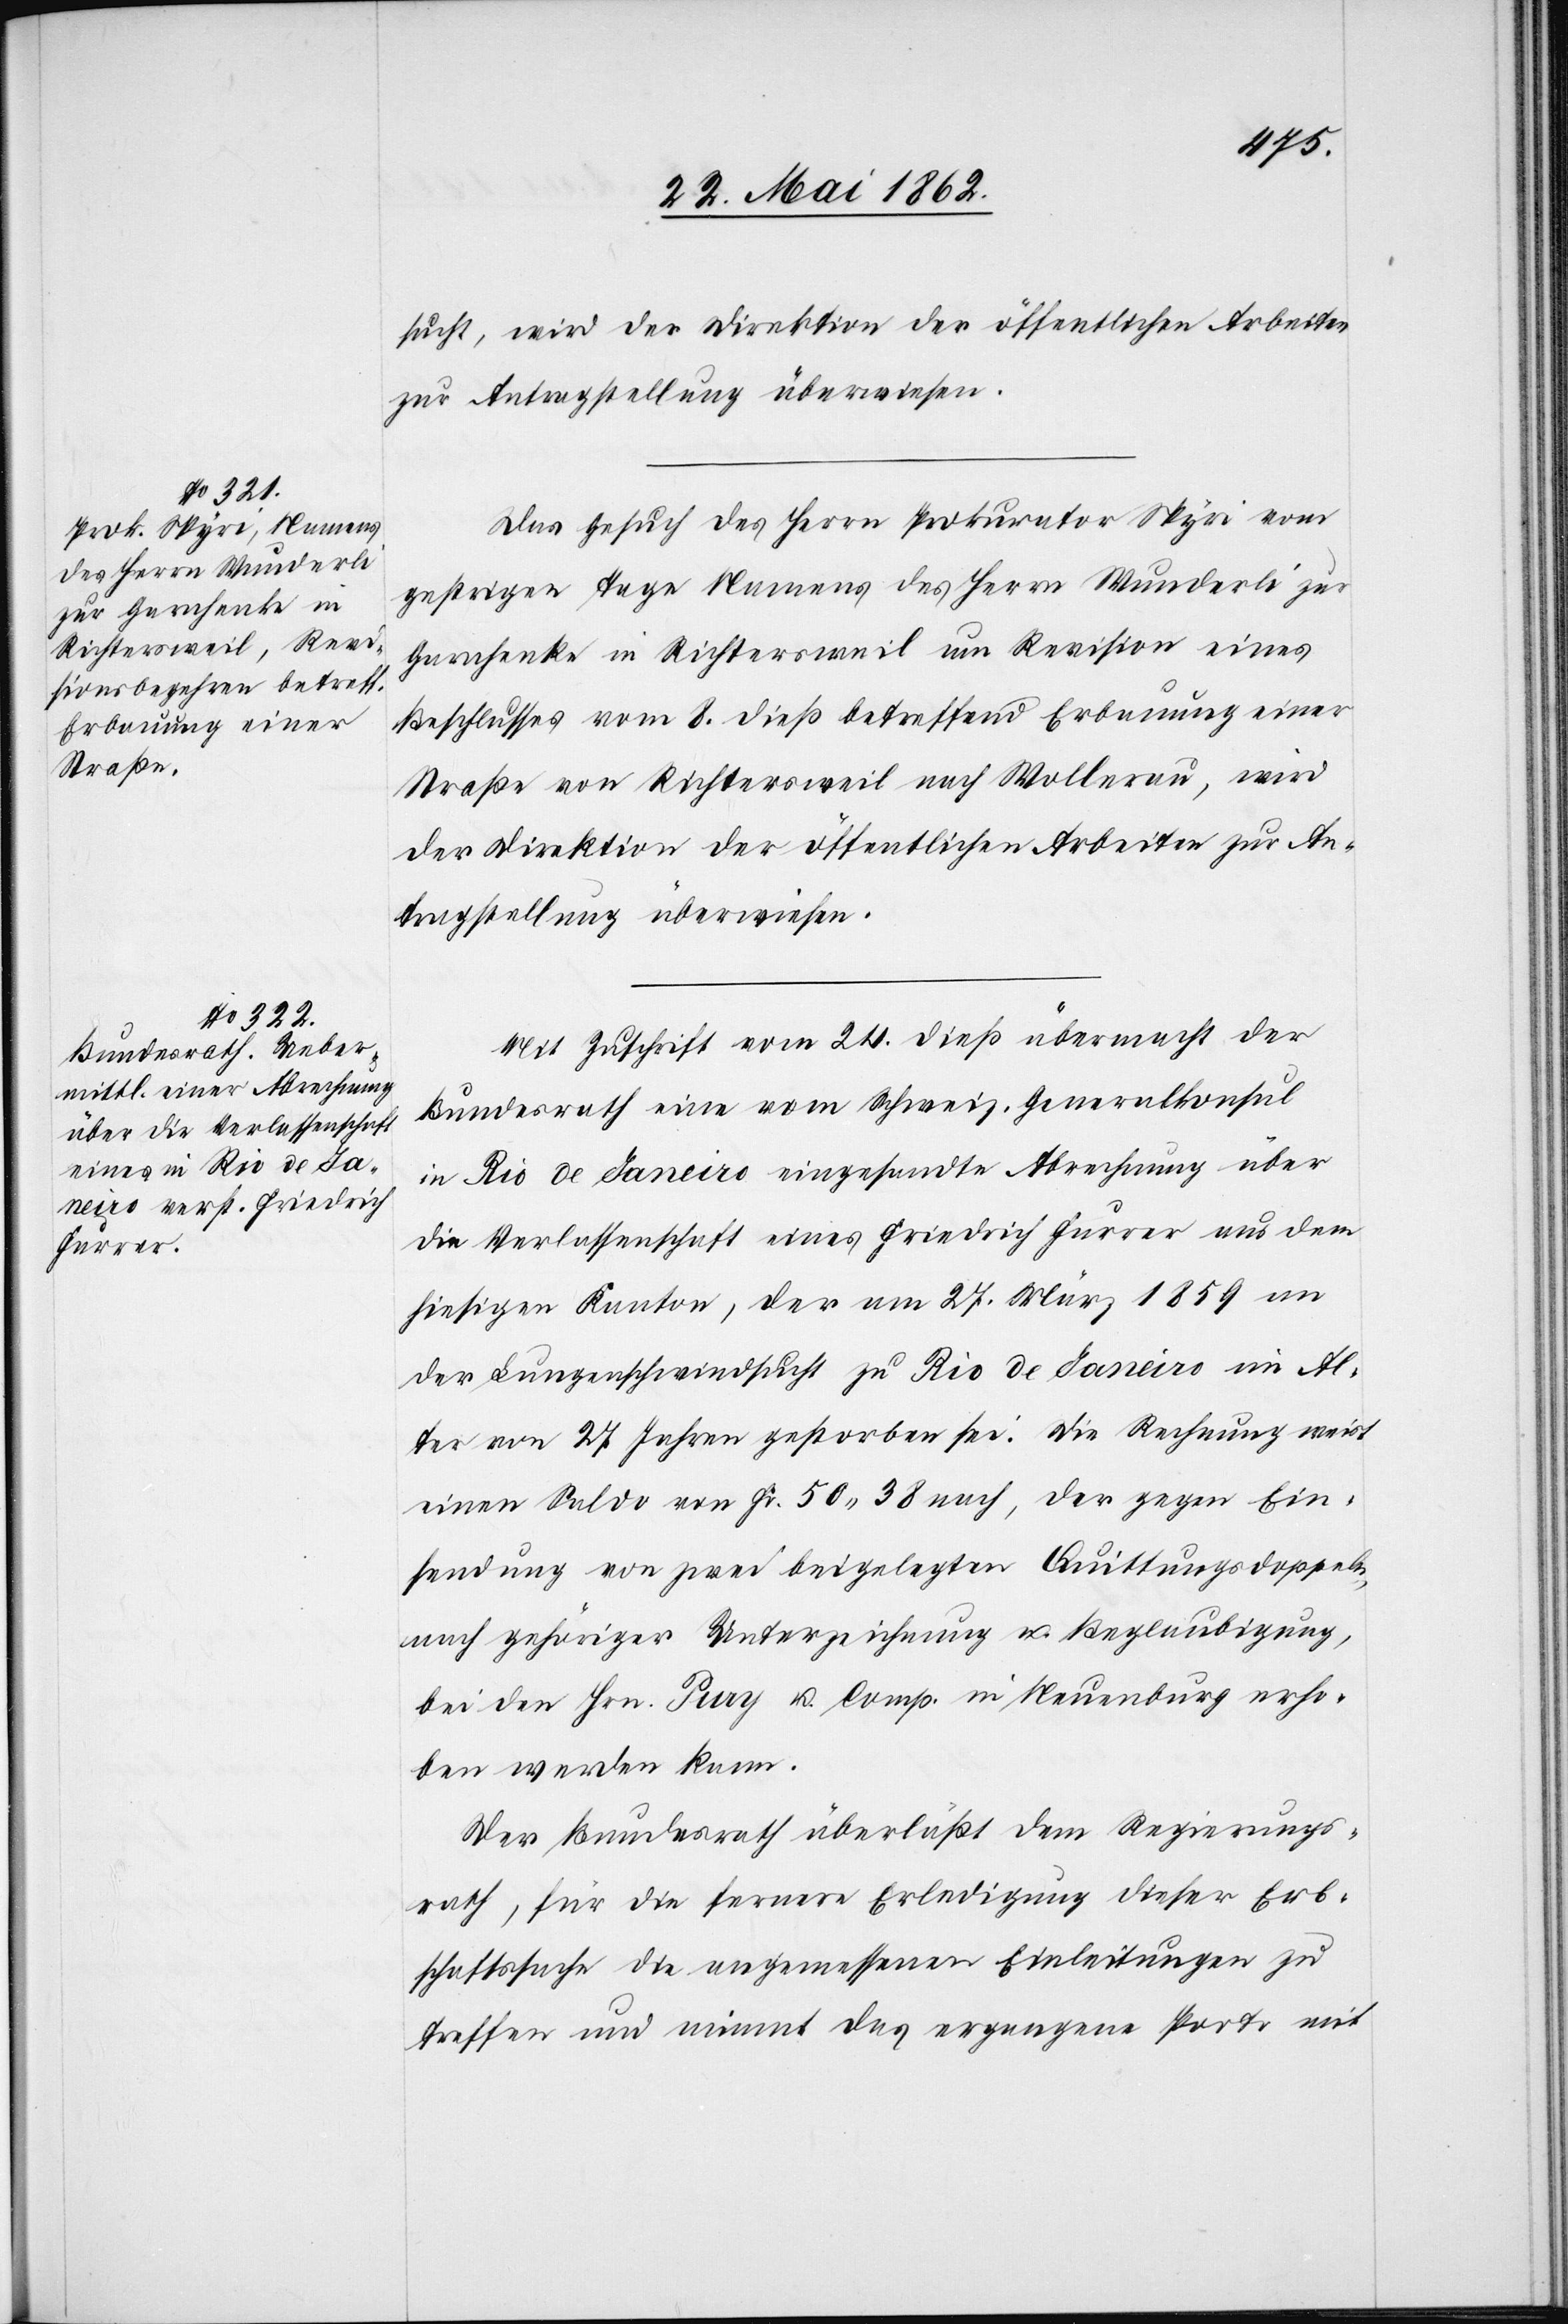
27. Mai 1862.]
sucht, wird der Direktion der öffentlichen Arbeiten
zur Antragstellung überwiesen.
Das Gesuch des Herrn Prokurator Spyri vom
gestrigen Tage Namens des Herrn Wunderli zur
Garschenke in Richtersweil um Revision eines
Beschlusses vom 8. dieß betreffend Erbauung einer
Straße von Richtersweil nach Wollerau, wird
der Direktion der öffentlichen Arbeiten zur An¬
tragstellung überwiesen.
Mit Zuschrift vom 24. dieß übermacht der
Bundesrath eine vom Schweiz. Generalkonsul
in Rio de Janeiro eingesandte Abrechnung über
die Verlassenschaft eines Friedrich Furrer aus dem
hiesigen Kanton, der am 27. März 1859 an
der Lungenschwindsucht zu Rio de Janeiro im Al¬
ter von 27 Jahren gestorben sei. Die Rechnung weist
einen Saldo von Fr. 50 38 nach, der gegen Ein¬
sendung von zwei beigelegten Quittungsdoppeln,
nach gehöriger Unterzeichnung u. Beglaubigung,
bei den Hrn. Pury u. Comp. in Neuenburg erho¬
ben werden kann.
Der Bundesrath überläßt dem Regierungs¬
rath, für die fernere Erledigung dieser Erb¬
schaftssache die angemessenen Einleitungen zu
treffen und nimmt das ergangene Porto mit